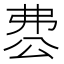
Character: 𠔘